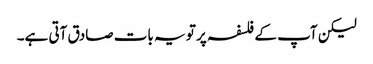
لیکن آپ کے فلسفہ پر تو یہ بات صادق آتی ہے۔